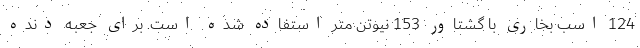
124 اسب بخاری با گشتاور 153 نیوتن متر استفاده شده است. برای جعبه دنده